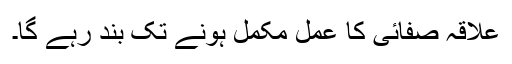
علاقہ صفائی کا عمل مکمل ہونے تک بند رہے گا۔